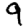
Digit: 9